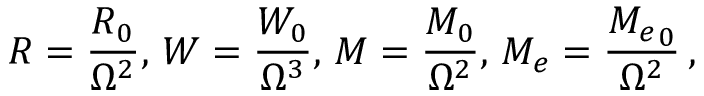
{ \cal R } = \frac { { \cal R } _ { 0 } } { \Omega ^ { 2 } } , \, { \cal W } = \frac { { \cal W } _ { 0 } } { \Omega ^ { 3 } } , \, { \cal M } = \frac { { \cal M } _ { 0 } } { \Omega ^ { 2 } } , \, { \cal M } _ { e } = \frac { { { \cal M } _ { e } } _ { 0 } } { \Omega ^ { 2 } } \, ,